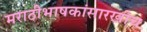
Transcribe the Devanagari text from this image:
मराठीभाषकांसारखीच